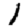
Digit: 1